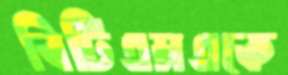
বিটিএমএকে